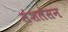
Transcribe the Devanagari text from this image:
संशलेसन